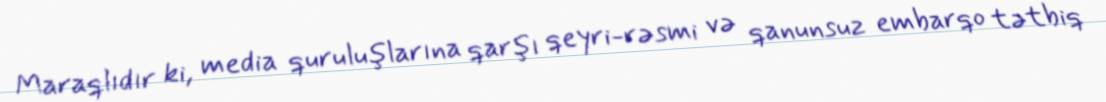
Maraqlıdır ki, media quruluşlarına qarşı qeyri-rəsmi və qanunsuz embarqo tətbiq